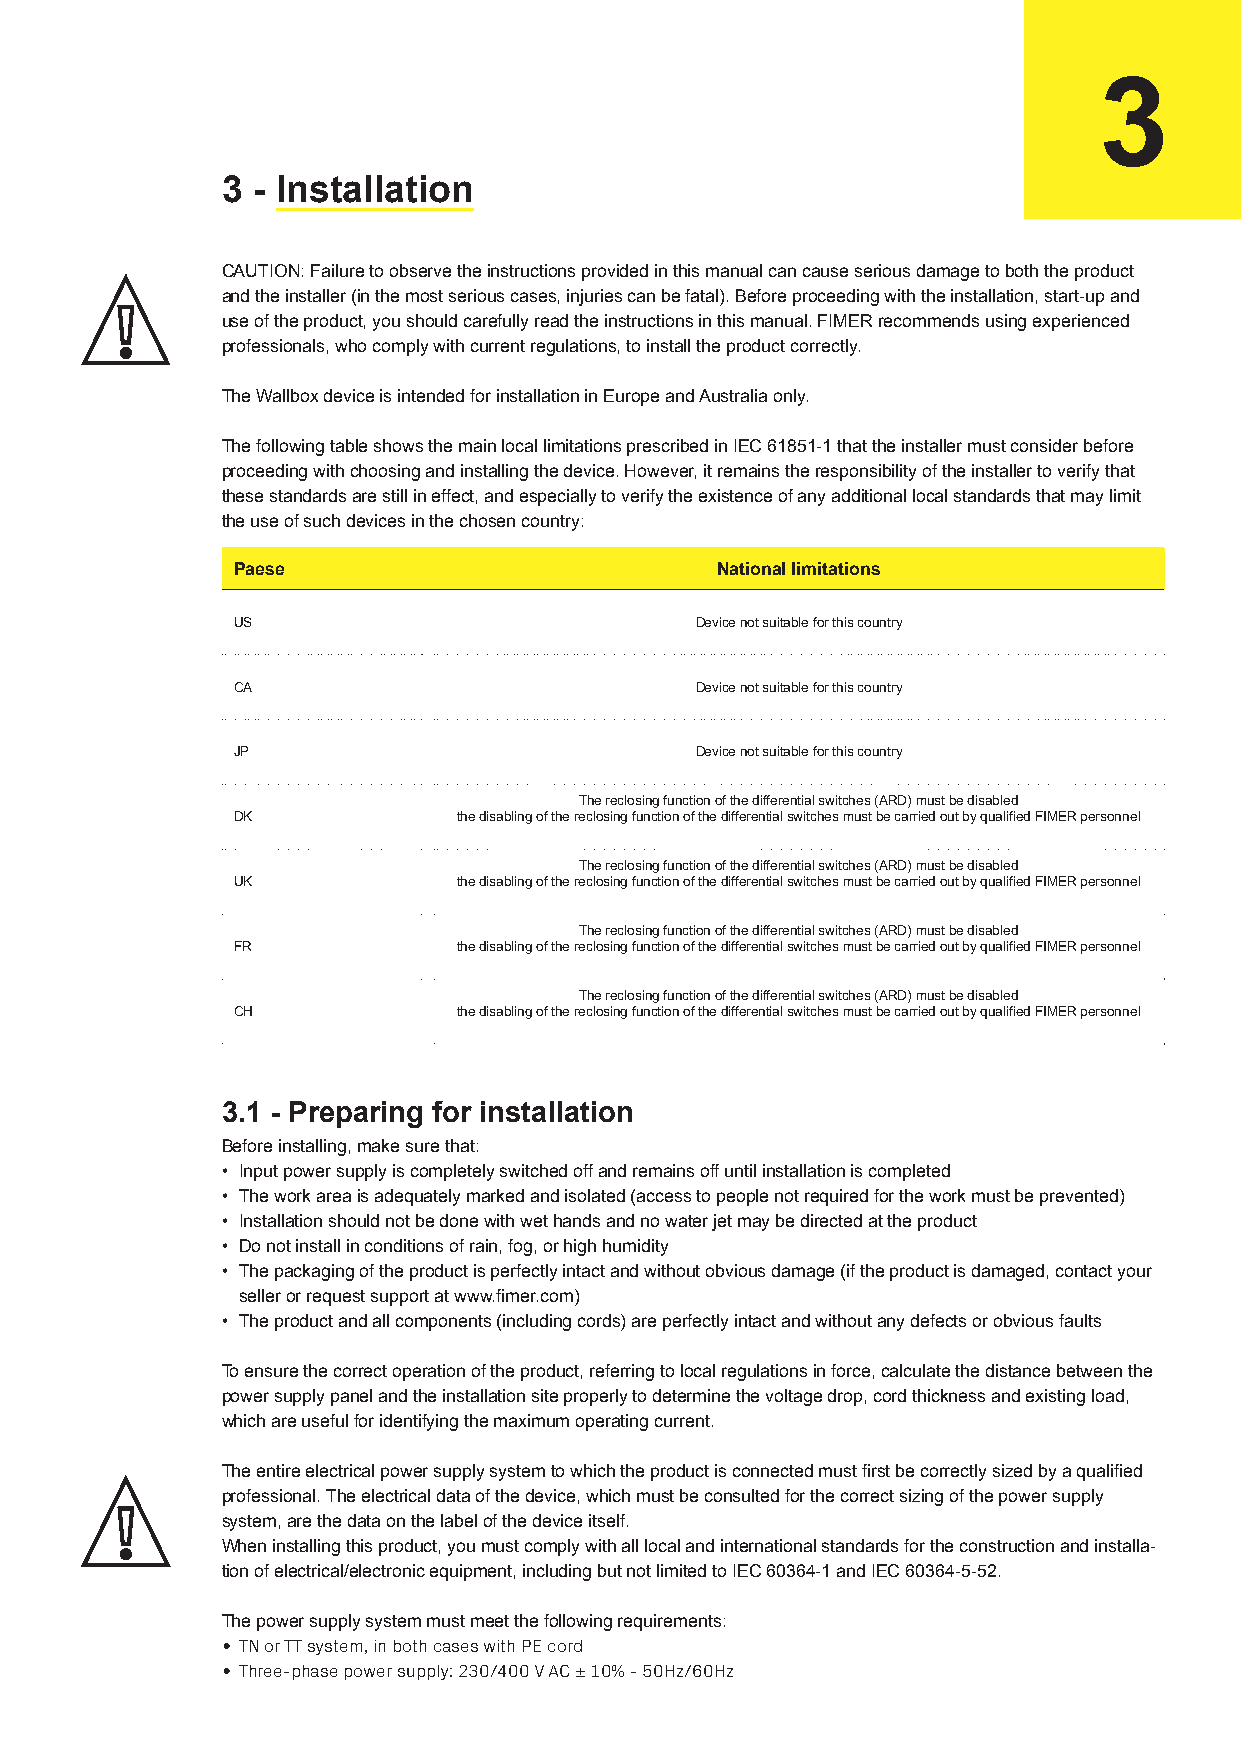
11
 3
 3 - Installation
 CAUTION: Failure to observe the instructions provided in this manual can cause serious damage to both the product
 and the installer (in the most serious cases, injuries can be fatal). Before proceeding with the installation, start-up and
 use of the product, you should carefully read the instructions in this manual. FIMER recommends using experienced
 professionals, who comply with current regulations, to install the product correctly.
 The Wallbox device is intended for installation in Europe and Australia only.
 The following table shows the main local limitations prescribed in IEC 61851-1 that the installer must consider before
 proceeding with choosing and installing the device. However, it remains the responsibility of the installer to verify that
 these standards are still in effect, and especially to verify the existence of any additional local standards that may limit
 the use of such devices in the chosen country:
 Paese                           National limitations
 US                             Device not suitable for this country
 CA                             Device not suitable for this country
 JP                             Device not suitable for this country
 The reclosing function of the differential switches (ARD) must be disabled
 DK             the disabling of the reclosing function of the differential switches must be carried out by qualified FIMER personnel
 The reclosing function of the differential switches (ARD) must be disabled
 UK             the disabling of the reclosing function of the differential switches must be carried out by qualified FIMER personnel
 The reclosing function of the differential switches (ARD) must be disabled
 FR             the disabling of the reclosing function of the differential switches must be carried out by qualified FIMER personnel
 The reclosing function of the differential switches (ARD) must be disabled
 CH             the disabling of the reclosing function of the differential switches must be carried out by qualified FIMER personnel
 3.1 - Preparing for installation
 Before installing, make sure that:
 • Input power supply is completely switched off and remains off until installation is completed
 • The work area is adequately marked and isolated (access to people not required for the work must be prevented)
 • Installation should not be done with wet hands and no water jet may be directed at the product
 • Do not install in conditions of rain, fog, or high humidity
 • The packaging of the product is perfectly intact and without obvious damage (if the product is damaged, contact your
 seller or request support at www.fimer.com)
 • The product and all components (including cords) are perfectly intact and without any defects or obvious faults
 To ensure the correct operation of the product, referring to local regulations in force, calculate the distance between the
 power supply panel and the installation site properly to determine the voltage drop, cord thickness and existing load,
 which are useful for identifying the maximum operating current.
 The entire electrical power supply system to which the product is connected must first be correctly sized by a qualified
 professional. The electrical data of the device, which must be consulted for the correct sizing of the power supply
 system, are the data on the label of the device itself.
 When installing this product, you must comply with all local and international standards for the construction and installa-
 tion of electrical/electronic equipment, including but not limited to IEC 60364-1 and IEC 60364-5-52.
 The power supply system must meet the following requirements:
 • TN or TT system, in both cases with PE cord
 • Three-phase power supply: 230/400 V AC ± 10% - 50Hz/60Hz